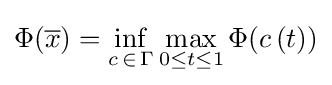
\Phi ({\overline {x}})=\inf _{c\,\in \,\Gamma }\max _{0\leq t\leq 1}\Phi (c\,(t))